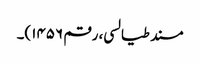
مسند طیالسی، رقم ۱۴۵۶)۔